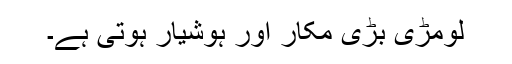
لومڑی بڑی مکار اور ہوشیار ہوتی ہے۔